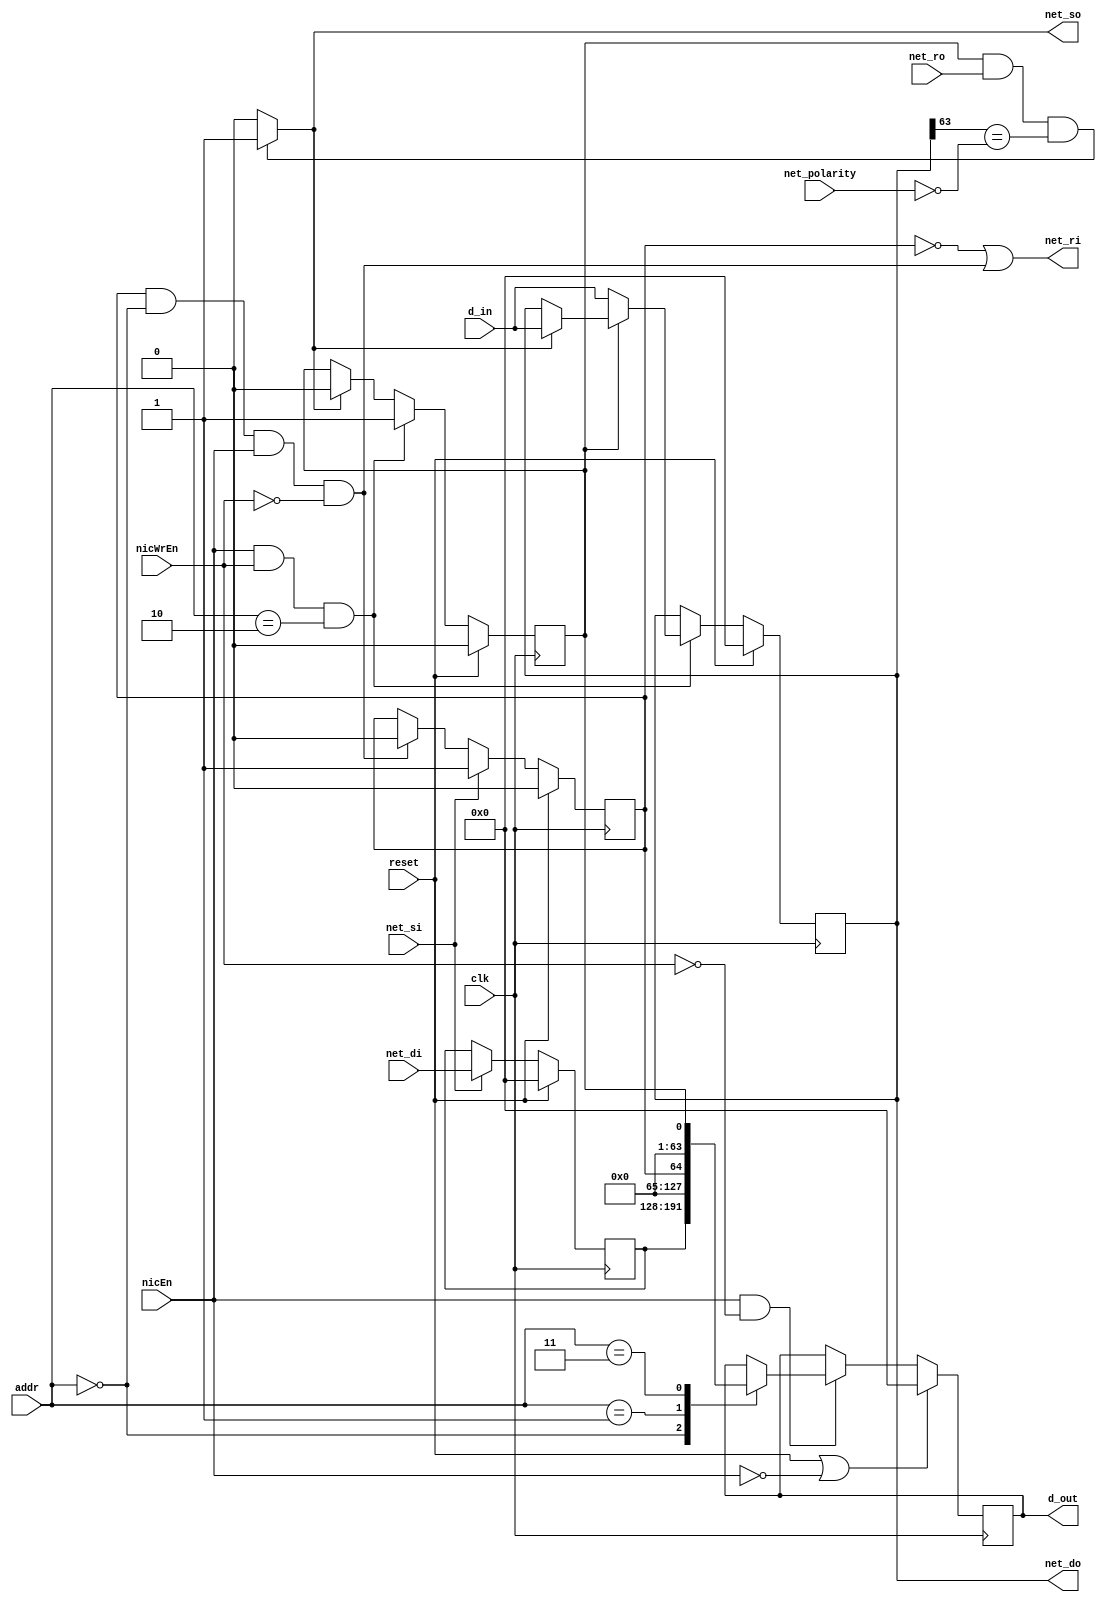
module NIC 
(clk,reset,addr,d_in,d_out,nicEn,nicWrEn,net_so,net_ro,net_do,net_polarity,net_si,net_ri,net_di);

    parameter INPUT_BUFFER = 2'b00;
    parameter INPUT_STATUS = 2'b01;
    parameter OUTPUT_BUFFER = 2'b10;
    parameter OUTPUT_STATUS = 2'b11;

    input wire clk,reset;
    input wire [0:1] addr;
    input wire  [0:63] d_in;
    input wire nicEn,nicWrEn;
    output reg [0:63] d_out;
    output wire net_so;
    input wire net_ro;
    output wire [0:63] net_do;
    input wire net_polarity;
    input wire net_si;
    output wire net_ri;
    input wire[0:63] net_di;


    reg [0:63] output_buffer; //network output channel
    reg [0:63] input_buffer; // network input 
    reg output_status_reg,input_status_reg;
    //wire d_in_to_outbuf_ctrl;
    reg [0:63] d_out_comb;


    //assign d_in_to_outbuf_ctrl = ((nicEn && nicWrEn && (~output_status_reg) && (addr == OUTPUT_BUFFER))) ? 1'b1:1'b0;
    assign net_so =(output_status_reg && net_ro && (output_buffer[0] == (~net_polarity))) ? 1'b1:1'b0;
    //assign dout_ctrl = nicEn && (~nicWrEn);
    assign net_ri = ~input_status_reg || (input_status_reg && addr==INPUT_BUFFER && nicEn && !nicWrEn);
    assign net_do = output_buffer;

    //output buffer
    always @(posedge clk ) begin
        if(reset)begin
            output_buffer <= 64'b 0;
            output_status_reg <= 1'b 0;
        end
        else begin
            // processor wants to write to output buffer
            if(nicEn && nicWrEn && (addr==OUTPUT_BUFFER)) begin
                if(!output_status_reg) begin
                    output_buffer <= d_in;
                    output_status_reg <= 1'b1;
                end else if(net_so) begin
                    output_buffer <= d_in;
                    output_status_reg <= 1'b1;
                end    
            end
            /*
            if (d_in_to_outbuf_ctrl) begin
                output_buffer <= d_in;
                output_status_reg <= 1'b1;
            end
            */
            // processor does not want to write, so if net_so is high, forward to router
            else if (net_so) begin
                output_status_reg <= 1'b0;
            end
        end
    end

    //input buffer
    always @(posedge clk ) begin
        if (reset) begin
            input_status_reg <= 1'b 0;
            input_buffer <= 0;
        end
        else begin
            // net_si is asserted when buffer is empty or buffer is full but will be empty next cycle
            if (net_si) begin
                input_buffer <= net_di;
                input_status_reg <= 1'b1;
            end
            else if (input_status_reg && addr==INPUT_BUFFER && nicEn && !nicWrEn) begin
                input_status_reg <= 1'b0;
            end
        end
    end

    //d_out
    always @(posedge clk) begin
        if (reset || !nicEn) begin
            d_out <= 0;
        end
        else begin
            if(nicEn && (~nicWrEn)) begin
                case (addr)
                    INPUT_BUFFER: d_out <= input_buffer;
                    INPUT_STATUS: d_out <= {63'b0, input_status_reg};
                    OUTPUT_STATUS: d_out = {63'b0, output_status_reg};
                    default: d_out <= d_out;
                endcase
            end
        end
    end

/*
    always @(*) begin
        if (dout_ctrl) begin
            d_out_comb = 64'b 0;
            case (addr)
            2'b 00 : d_out_comb = input_buffer;
            2'b 01 : d_out_comb = {63'b0, input_status_reg};
            2'b 11 : d_out_comb = {63'b0,output_status_reg};
                default: d_out_comb = 64'b 0;
            endcase
        end
    end
*/
endmodule